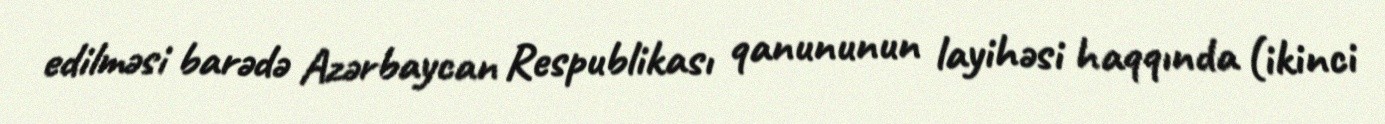
edilməsi barədə Azərbaycan Respublikası qanununun layihəsi haqqında (ikinci